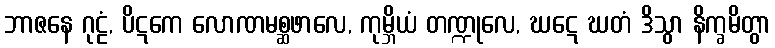
ဘာဇနေ ဂုဠံ, ပိဋကေ လောဏမစ္ဆဖာလေ, ကုမ္ဘိယံ တဏ္ဍုလေ, ဃဋေ ဃတံ ဒိသွာ နိက္ခမိတွာ